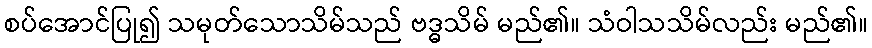
စပ်အောင်ပြု၍ သမုတ်သောသိမ်သည် ဗဒ္ဓသိမ် မည်၏။ သံဝါသသိမ်လည်း မည်၏။